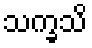
သက္ခသိ